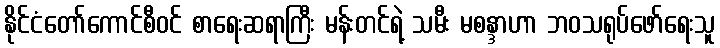
နိုင်ငံတော်ကောင်စီဝင် စာရေးဆရာကြီး မန်းတင်ရဲ့ သမီး မစန္ဒာဟာ ဘဝသရုပ်ဖော်ရေးသူ